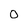
Character: 0